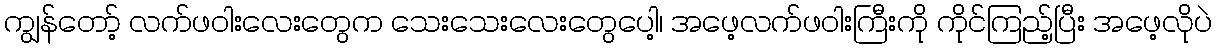
ကျွန်တော့် လက်ဖဝါးလေးတွေက သေးသေးလေးတွေပေါ့၊ အဖေ့လက်ဖဝါးကြီးကို ကိုင်ကြည့်ပြီး အဖေ့လိုပဲ